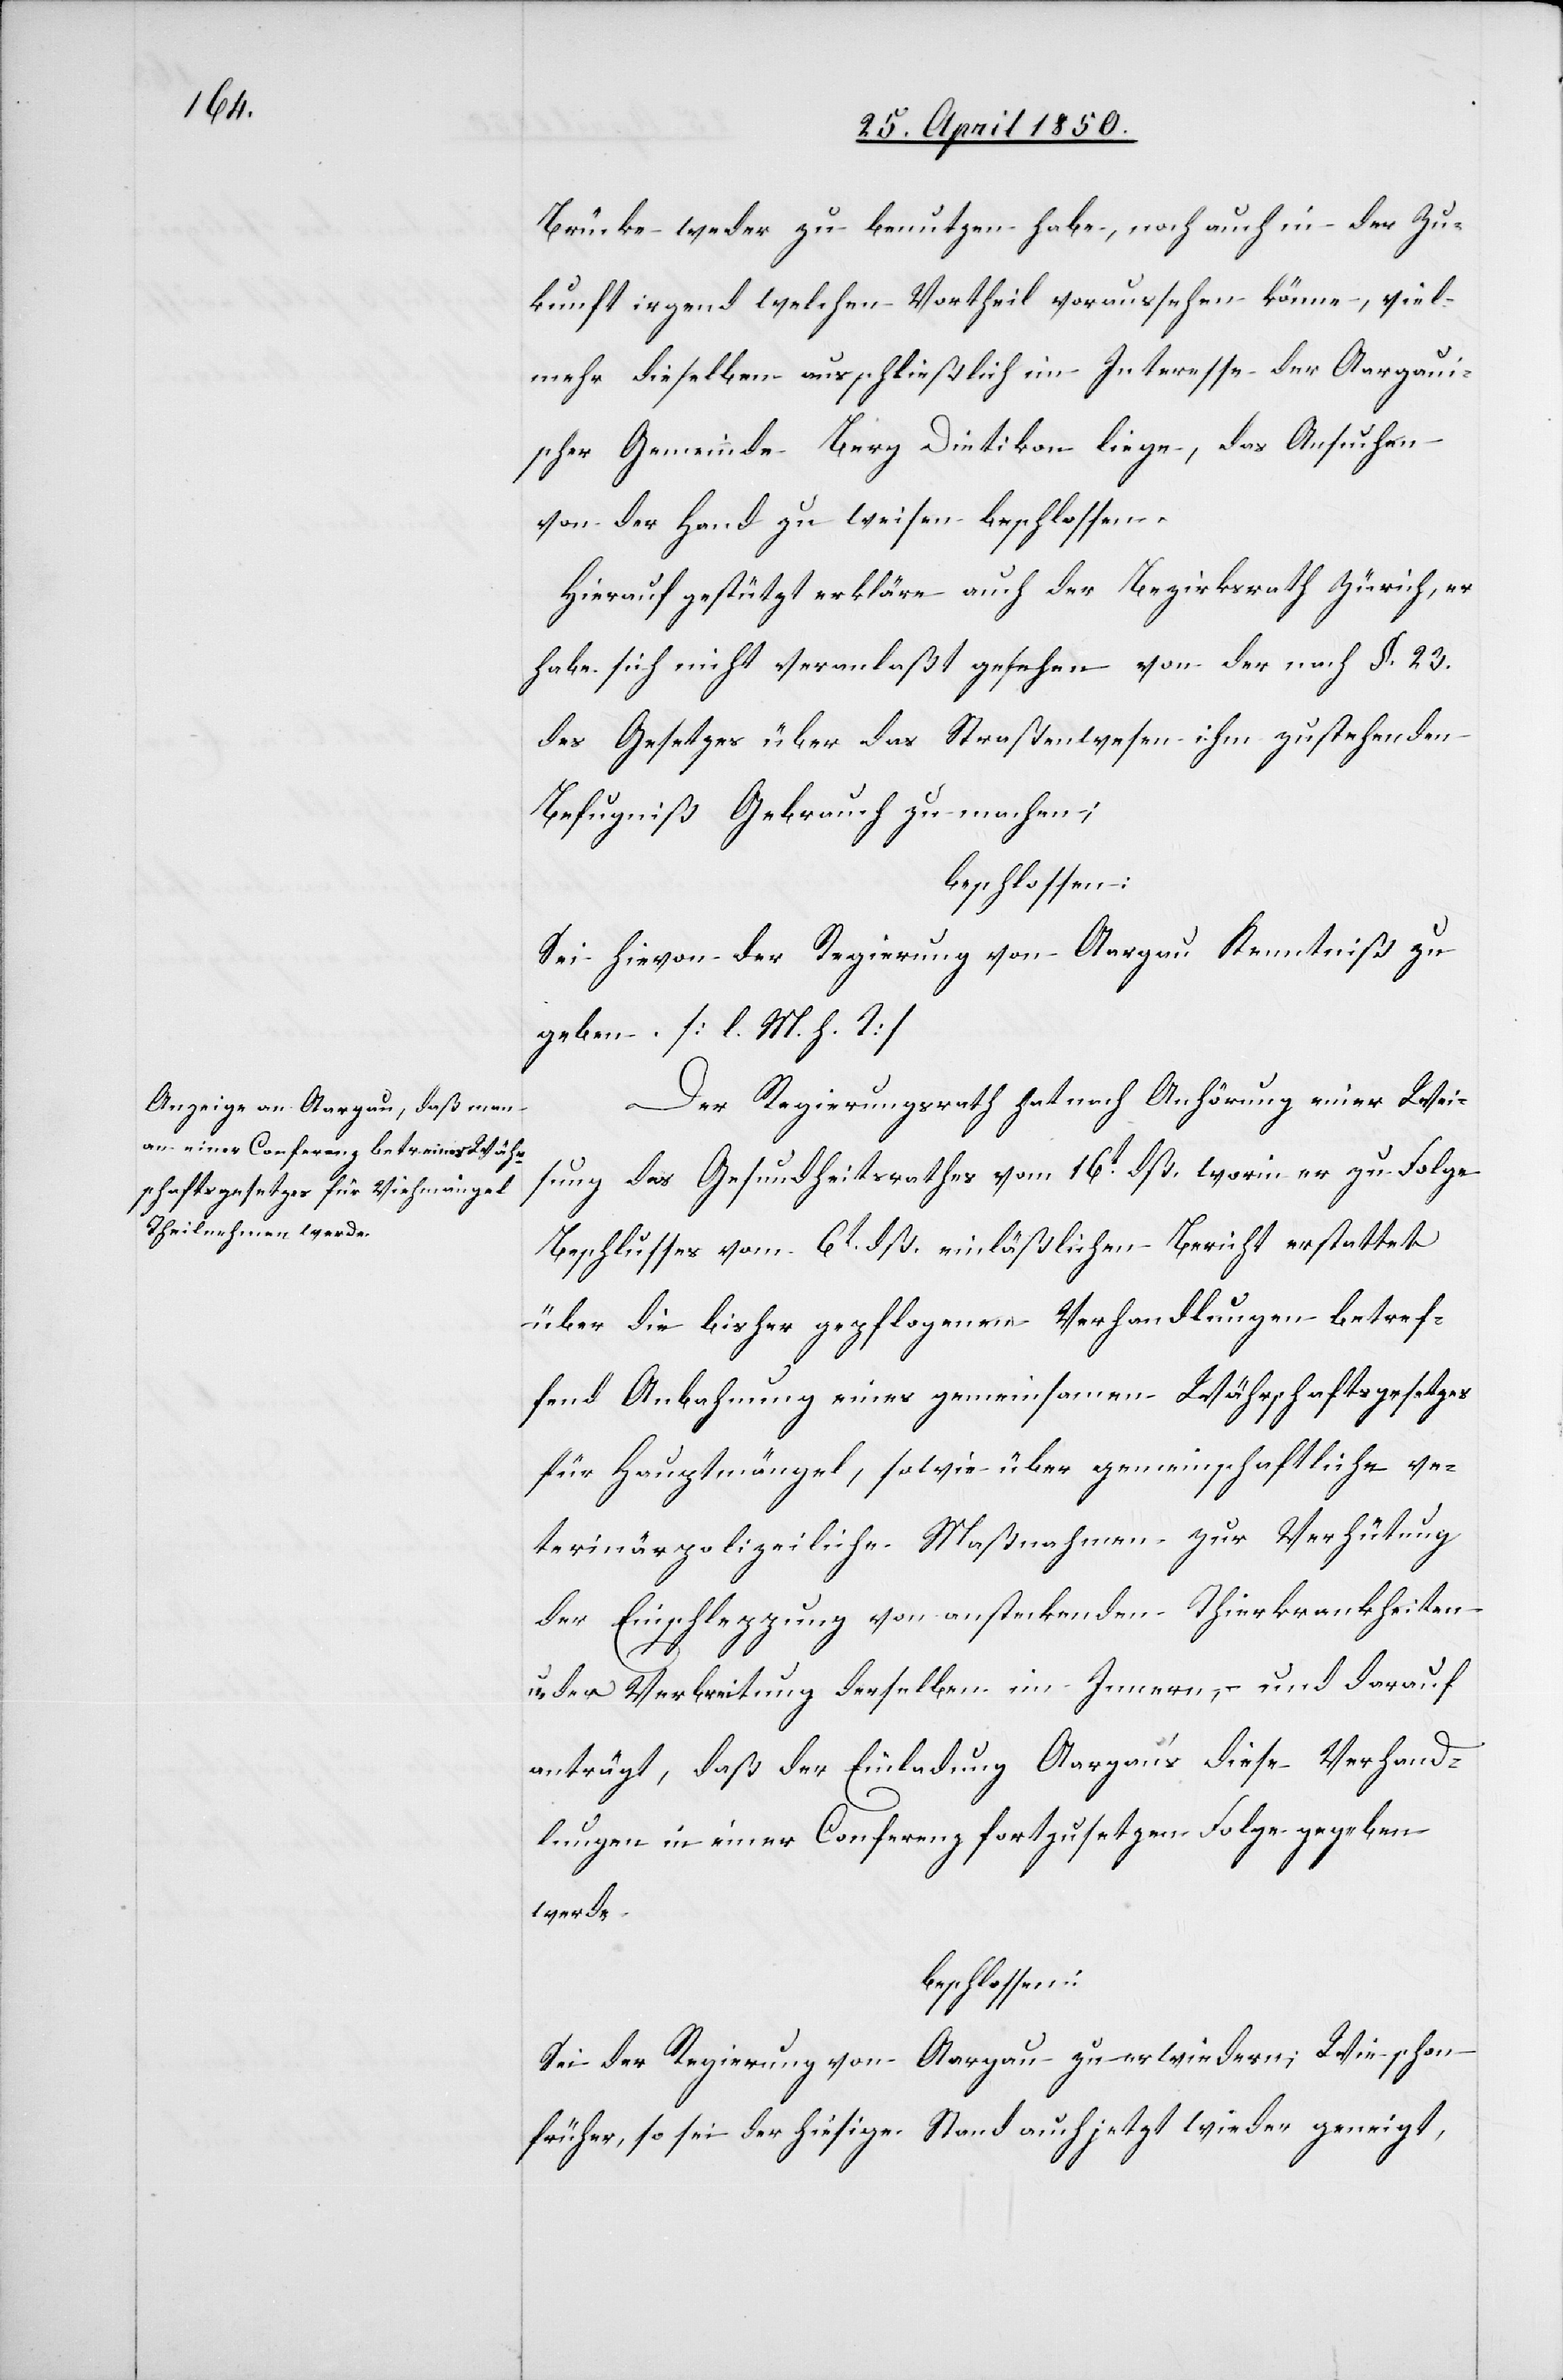
Brücke weder zu benutzen habe, noch auch in der Zu¬
kunft irgend welchen Vortheil voraussehen könne, viel¬
mehr dieselben ausschließlich im Interesse der Aargauis¬
ic!] Gemeinde Berg Dietikon liege, das Ansuchen
von der Hand zu weisen beschlossen.
Hierauf gestützt erkläre auch der Bezirksrath Zürich, er
habe sich nicht veranlaßt gesehen von der nach §. 23.
des Gesetzes über das Straßenwesen ihm zustehenden
Befugniß Gebrauch zu machen;
beschlossen:
Sei hievon der Regierung von Aargau Kenntniß zu
geben. [l. M. h. T]
Der Regierungsrath hat nach Anhörung einer Wei¬
sung des Gesundheitsrathes vom 16t dß. worin er zu Folge
Beschlusses vom 6t dß. einläßlichen Bericht erstattet
über die bisher gepflogenen Verhandlungen betref¬
fend Anbahnung eines gemeinsamen Währschaftsgesetzes
für Hauptmängel, sowie über gemeinschaftliche ve¬
terinärpolizeiliche Maßnahmen zur Verhütung
der Einschleppung von ansteckenden Thierkrankheiten
der Verbreitung derselben im Innern, und darauf
anträgt, daß der Einladung Aargau‘s diese Verhand¬
lungen in einer Conferenz fortzusetzen Folge gegeben
werde.
beschlossen:
Sei der Regierung von Aargau zu erwiedern; Wie schon
früher, so sei der hiesige Stand auch jetzt wieder geneigt,